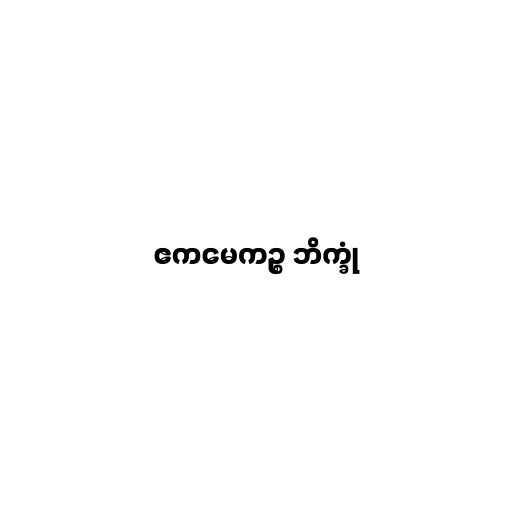
ဧကမေကဉ္စ ဘိက္ခုံ